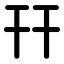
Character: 幵